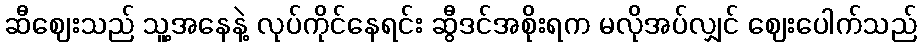
ဆီဈေးသည် သူ့အနေနဲ့ လုပ်ကိုင်နေရင်း ဆွီဒင်အစိုးရက မလိုအပ်လျှင် ဈေးပေါက်သည်